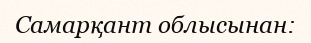
Самарқант облысынан: